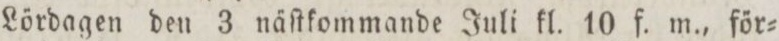
Lördagen den 3 näſtkommande Juli kl. 10 f. m., för=